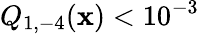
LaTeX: Q_{1,-4}(\mathbf{x})<10^{-3}